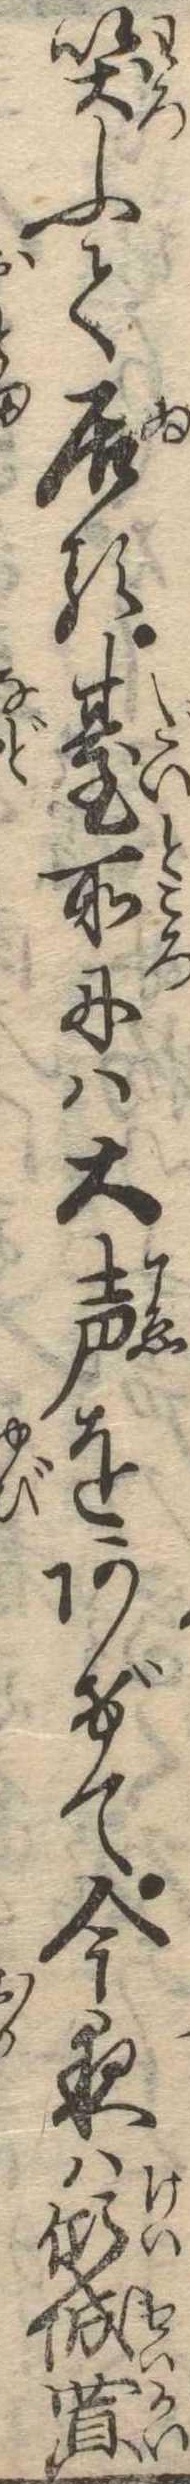
笑ふて居る台所には大声をあげて今夜は傾城買